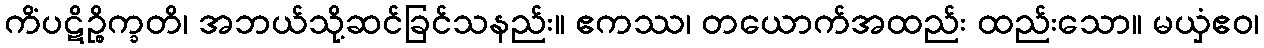
ကိံပဋိဉ္စိက္ခတိ၊ အဘယ်သို့ဆင်ခြင်သနည်း။ ဧကဿ၊ တယောက်အထည်း ထည်းသော။ မယှံဧဝ၊